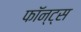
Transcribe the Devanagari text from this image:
फॉन्ट्स